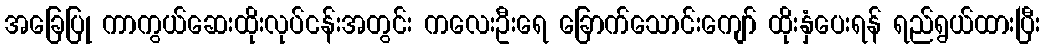
အခြေပြု ကာကွယ်ဆေးထိုးလုပ်ငန်းအတွင်း ကလေးဦးရေ ခြောက်သောင်းကျော် ထိုးနှံပေးရန် ရည်ရွယ်ထားပြီး